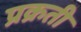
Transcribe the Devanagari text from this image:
प्रक्रती